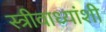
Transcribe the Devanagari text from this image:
स्त्रीवाध्यांशी